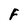
Character: F